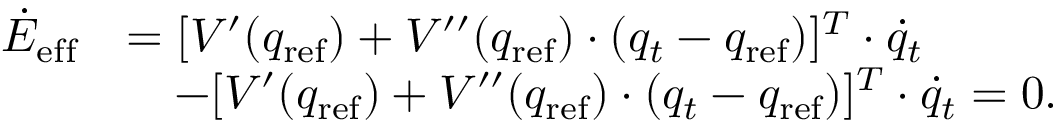
\begin{array} { r l } { \dot { E } _ { \mathrm { e f f } } } & { = [ V ^ { \prime } ( q _ { \mathrm { r e f } } ) + V ^ { \prime \prime } ( q _ { \mathrm { r e f } } ) \cdot ( q _ { t } - q _ { \mathrm { r e f } } ) ] ^ { T } \cdot \dot { q } _ { t } } \\ & { ~ ~ ~ - [ V ^ { \prime } ( q _ { \mathrm { r e f } } ) + V ^ { \prime \prime } ( q _ { \mathrm { r e f } } ) \cdot ( q _ { t } - q _ { \mathrm { r e f } } ) ] ^ { T } \cdot \dot { q } _ { t } = 0 . } \end{array}